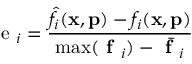
\mathrm { ~ e ~ } _ { i } = \frac { \hat { f } _ { i } ( \mathbf { x } , \mathbf { p } ) - f _ { i } ( \mathbf { x } , \mathbf { p } ) } { \operatorname* { m a x } ( \textbf { f } _ { i } ) - \bar { \textbf { f } _ { i } } }